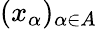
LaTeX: (x_{\alpha})_{\alpha\in A}